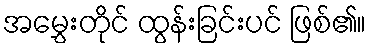
အမွှေးတိုင် ထွန်းခြင်းပင် ဖြစ်၏။